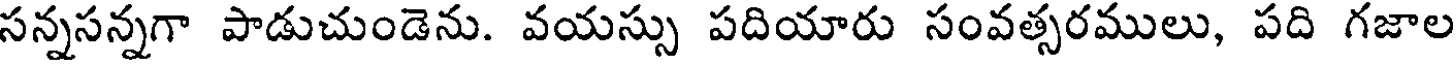
సన్నసన్నగా పాడుచుండెను. వయస్సు పదియారు సంవత్సరములు, పది గజాల